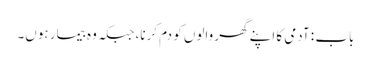
باب : آدمی کا اپنے گھر والوں کو دم کرنا، جبکہ وہ بیمار ہوں۔